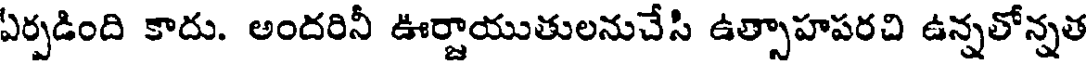
ఏర్పడింది కాదు. అందరినీ ఊర్జాయుతులనుచేసి ఉత్సాహపరచి ఉన్నతోన్నత